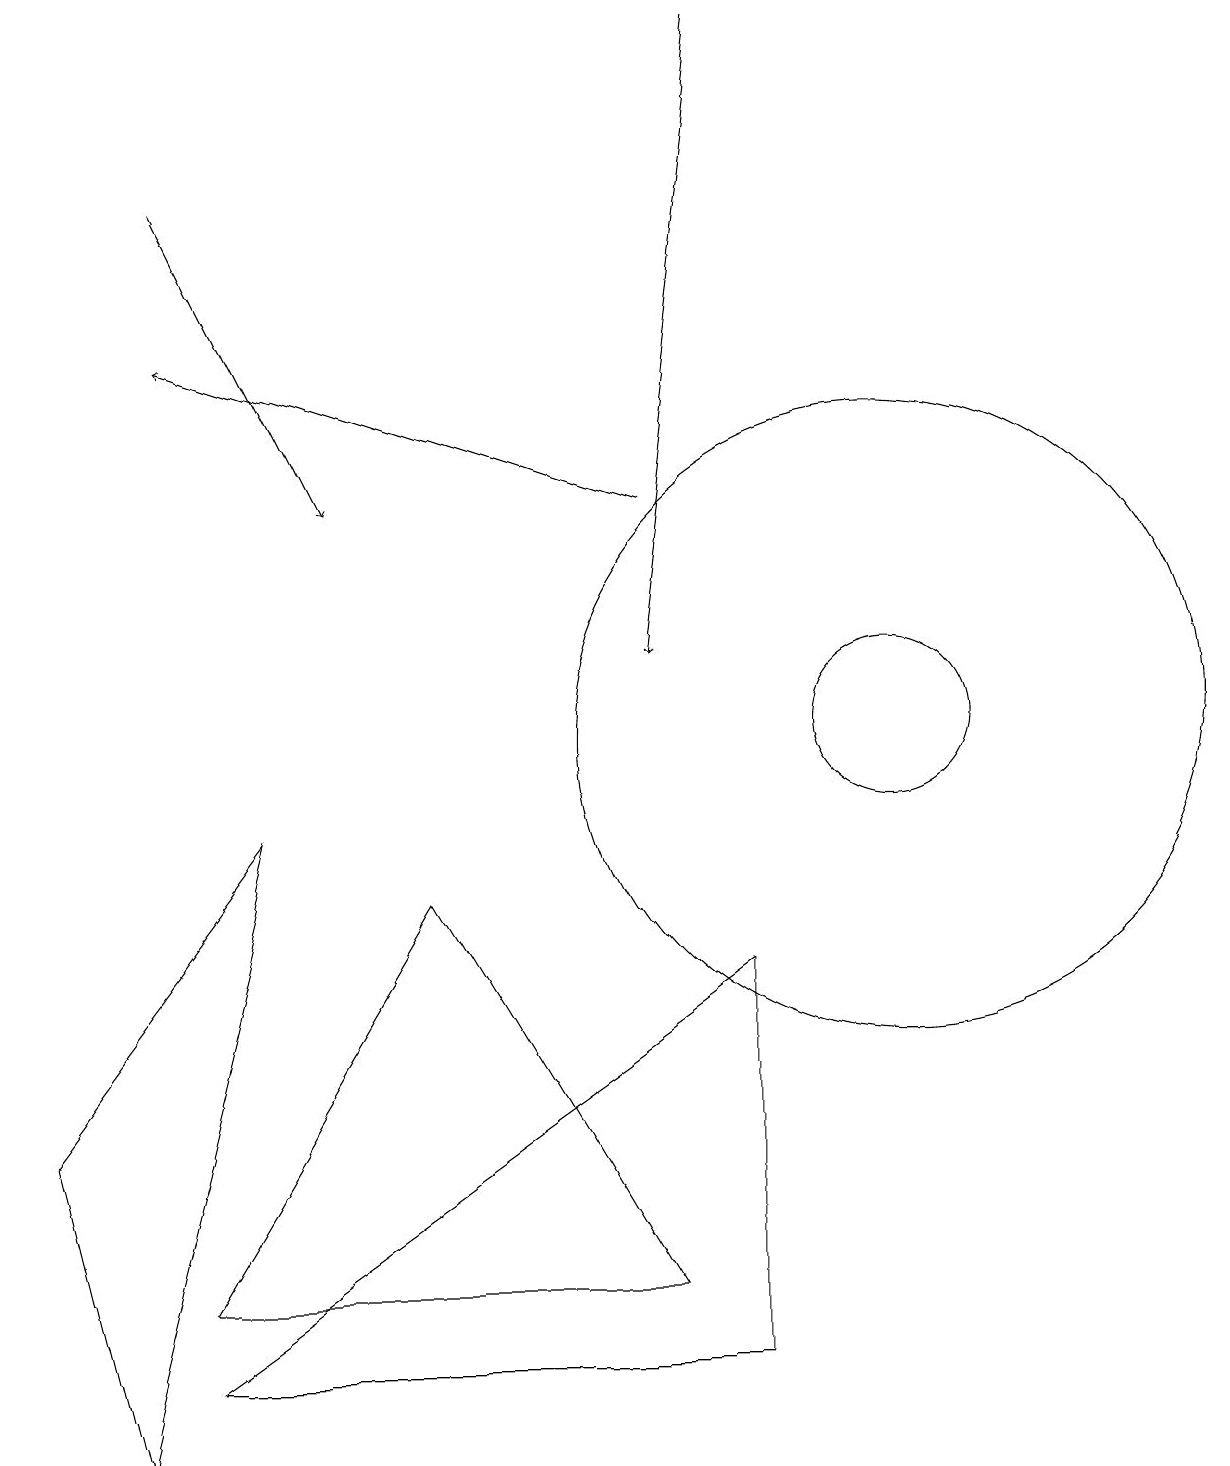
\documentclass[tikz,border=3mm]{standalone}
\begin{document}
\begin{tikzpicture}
\draw (11,10) circle (1);
\draw (9,2) -- (2,2) -- (9,7) -- cycle;
\draw[->] (8,13) -- (2,15);
\draw (5,8) -- (8,3) -- (2,3) -- cycle;
\draw[->] (2,17) -- (4,13);
\draw[->] (9,19) -- (8,11);
\draw (1,1) -- (0,5) -- (3,9) -- cycle;
\draw (11,10) circle (4);
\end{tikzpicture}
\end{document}